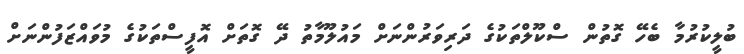
ބުލީކުރުމާ ބެހޭ ގޮތުން ސްކޫލްތަކުގެ ދަރިވަރުންނަށް މައުލޫމާތު ދޭ ގޮތަށް އޮފީސްތަކުގެ މުވައްޒަފުންނަށް